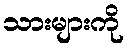
သားများကို